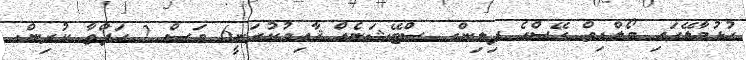
ހުޅުމާލޭގައި މޯލްޑިވް ގޭސްގެ ފިލިންގ ސްޓޭޝަނެއް ޤާއިމުކުރަނީ6 މަސް 2 ހަފްތާ ކުރިން.